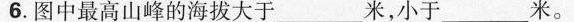
6.图中最高山峰的海拔大于___米，小于___米。